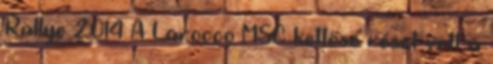
Rallye 2014 A Larocco MSC kettőse részt vett a